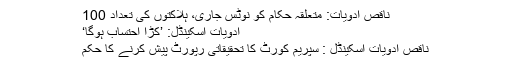
ناقص ادویات: متعلقہ حکام کو نوٹس جاری، ہلاکتوں کی تعداد 100
ادویات اسکینڈل: ’کڑا احتساب ہوگا‘
ناقص ادویات اسکینڈل : سپریم کورٹ کا تحقیقاتی رپورٹ پیش کرنے کا حکم